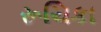
રૂચિકા